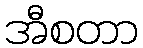
အီစတာ